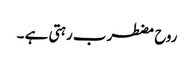
روح مضطرب رہتی ہے ۔